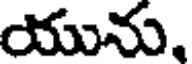
యును,